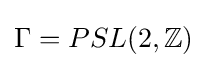
\Gamma =PSL(2,\mathbb {Z} )